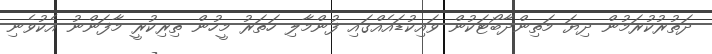
ދަތުރުކުރަމުން ދިޔަ މަތިންދާބޯޓަކުން ވައިކުޑައެއްގައި ފުންމާލި ހަތަރު މީހުން ތިރިކުރީ މާފަންނު އެކުވެނި